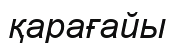
қарағайы